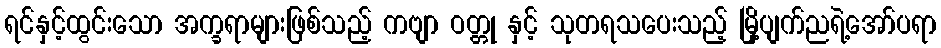
ရင်နှင့်ထွင်းသော အက္ခရာများဖြစ်သည့် ကဗျာ ဝတ္တု နှင့် သုတရသပေးသည့် မြို့ပျက်ညရဲ့အော်ပရာ